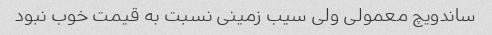
ساندویچ معمولی ولی سیب زمینی نسبت به قیمت خوب نبود